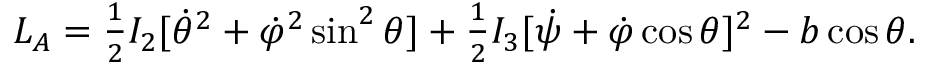
\begin{array} { r } { L _ { A } = \frac 1 2 I _ { 2 } [ \dot { \theta } ^ { 2 } + \dot { \varphi } ^ { 2 } \sin ^ { 2 } \theta ] + \frac 1 2 I _ { 3 } [ \dot { \psi } + \dot { \varphi } \cos \theta ] ^ { 2 } - b \cos \theta . } \end{array}